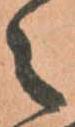
之